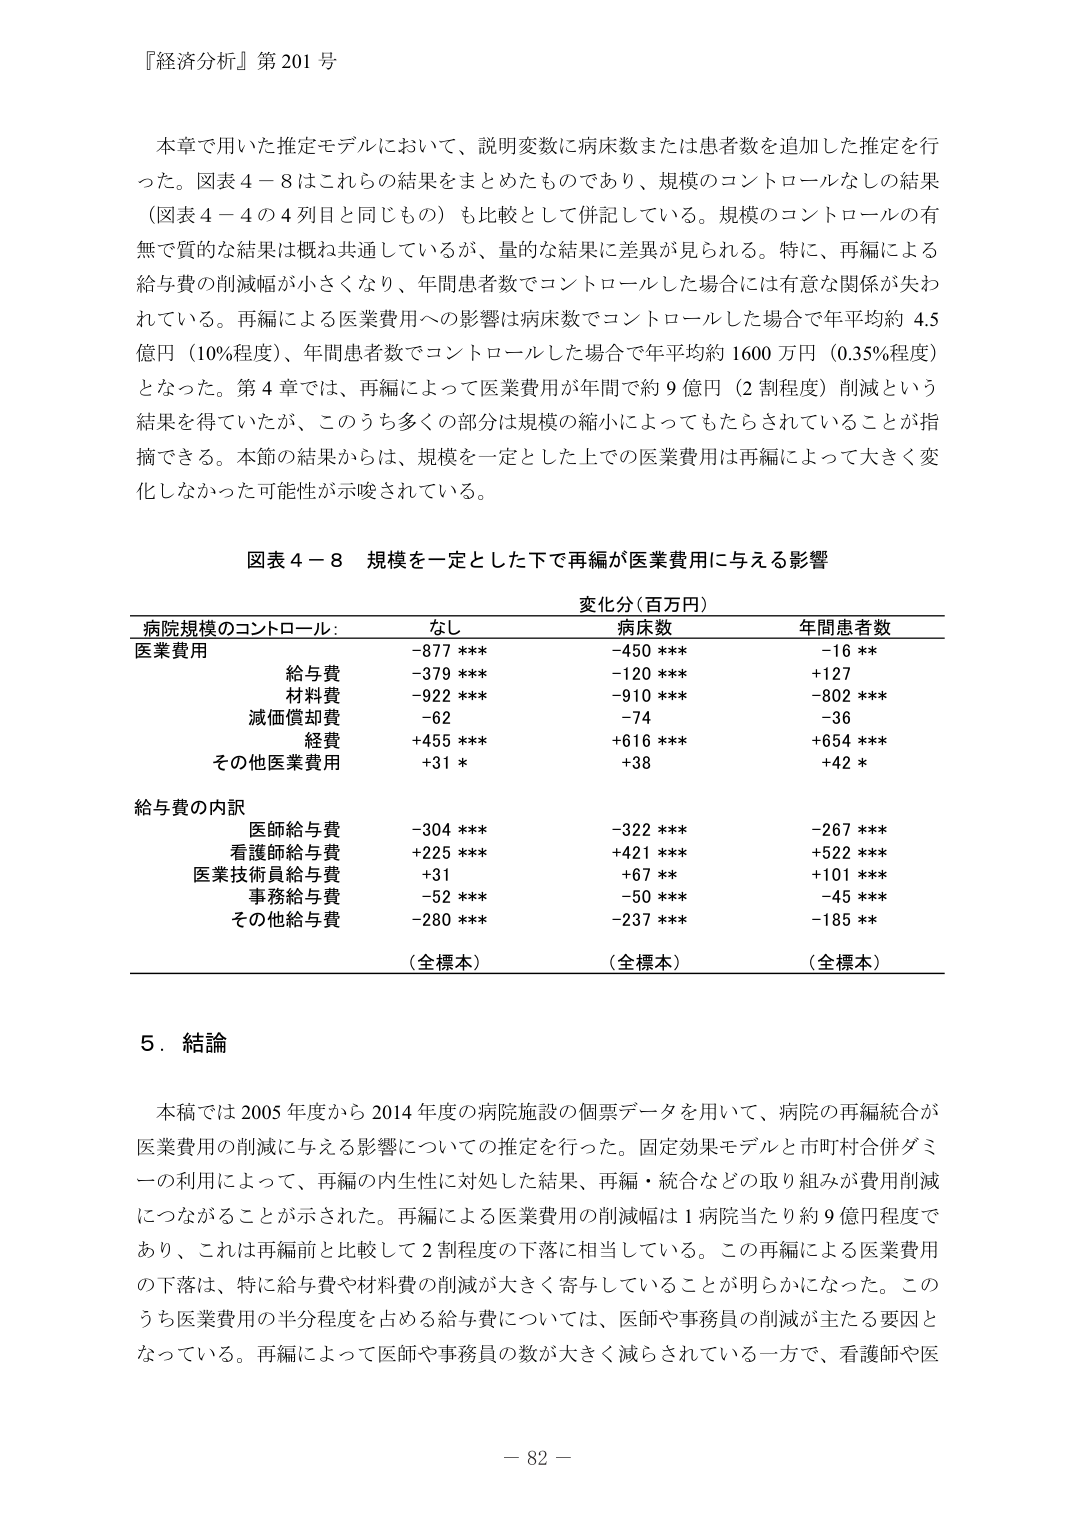
『経済分析』第201号

本章で用いた推定モデルにおいて、説明変数に病床数または患者数を追加した推定を行った。図表4－8はこれらの結果をまとめたものであり、規模のコントロールなしの結果（図表4－4の4列目と同じもの）も比較として併記している。規模のコントロールの有無で質的な結果は概ね共通しているが、量的な結果に差異が見られる。特に、再編による給与費の削減幅が小さくなり、年間患者数でコントロールした場合には有意な関係が失われている。再編による医業費用への影響は病床数でコントロールした場合で年平均約4.5億円（10％程度）、年間患者数でコントロールした場合で年平均約1600万円（0.35％程度）となった。第4章では、再編によって医業費用が年間で約9億円（2割程度）削減という結果を得ていたが、このうち多くの部分は規模の縮小によってもたらされていることが指摘できる。本節の結果からは、規模を一定とした上での医業費用は再編によって大きく変化しなかった可能性が示唆されている。

図表4－8 規模を一定とした下で再編が医業費用に与える影響

変化分（百万円）

病院規模のコントロール： なし 病床数 年間患者数
医業費用 -877 *** -450 *** -16 **
　　給与費 -379 *** -120 *** +127
　　材料費 -922 *** -910 *** -802 ***
　　減価償却費 -62 -74 -36
　　経費 +455 *** +616 *** +654 ***
　　その他医業費用 +31 * +38 +42 *

給与費の内訳
　　医師給与費 -304 *** -322 *** -267 ***
　　看護師給与費 +225 *** +421 *** +522 ***
　　医業技術員給与費 +31 +67 ** +101 ***
　　事務給与費 -52 *** -50 *** -45 ***
　　その他給与費 -280 *** -237 *** -185 **

（全標本） （全標本） （全標本）

5．結論

本稿では2005年度から2014年度の病院施設の個票データを用いて、病院の再編統合が医業費用の削減に与える影響についての推定を行った。固定効果モデルと市町村合併ダミーの利用によって、再編の内生性に対処した結果、再編・統合などの取り組みが費用削減につながることが示された。再編による医業費用の削減幅は1病院当たり約9億円程度であり、これは再編前と比較して2割程度の下落に相当している。この再編による医業費用の下落は、特に給与費や材料費の削減が大きく寄与していることが明らかになった。このうち医業費用の半分程度を占める給与費については、医師や事務員の削減が主たる要因となっている。再編によって医師や事務員の数が大きく減らされている一方で、看護師や医

－82－